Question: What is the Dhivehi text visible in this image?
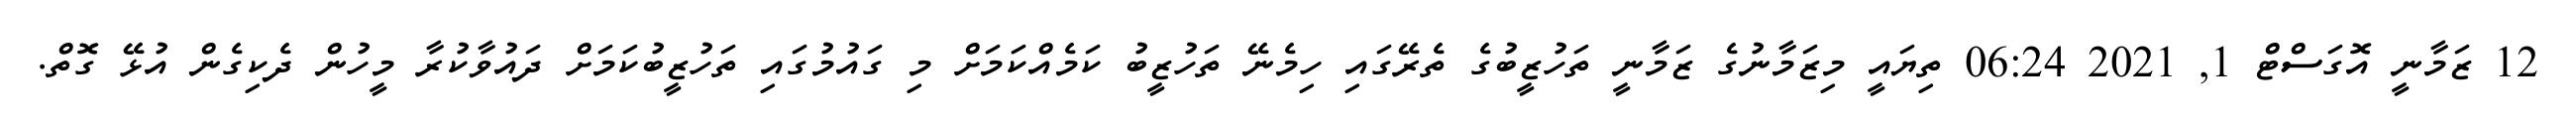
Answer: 12 ޒަމާނީ އޮގަސްޓް 1, 2021 06:24 ތިޔައީ މިޒަމާނުގެ ޒަމާނީ ތަހުޒީބުގެ ތެރޭގައި ހިމެނޭ ތަހުޒީބު ކަމެއްކަމަށް މި ގައުމުގައި ތަހުޒީބުކަމަށް ދައުވާކުރާ މީހުން ދެކިގެން އުޅޭ ގޮތް.